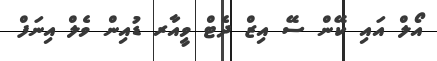
އޯލް އައި ކޭން ސޭ އިޒް ދެޓް ވީއާރ ޑުއިން ވެލް އިނަފް